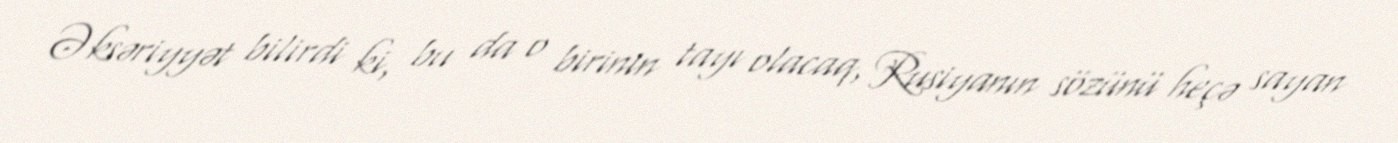
Əksəriyyət bilirdi ki, bu da o birinin tayı olacaq, Rusiyanın sözünü heçə sayan